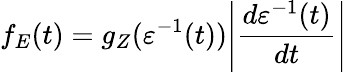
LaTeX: f_{E}(t)=g_{Z}(\varepsilon^{-1}(t))\Biggl\lvert\frac{d\varepsilon^{-1}(t)}{dt}\Biggr\rvert